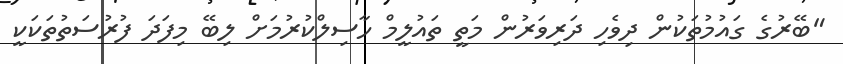
"ބޭރުގެ ގައުމުތަކުން ދިވެހި ދަރިވަރުން މަތީ ތައުލީމް ހާސިލްކުރުމަށް ލިބޭ މިފަދަ ފުރުސަތުތަކަކީ